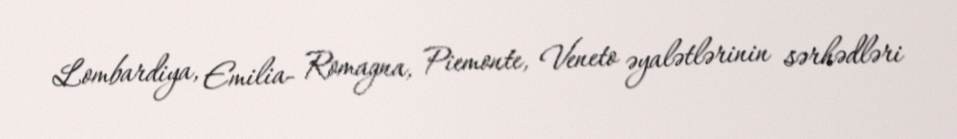
Lombardiya, Emilia- Romagna, Piemonte, Veneto əyalətlərinin sərhədləri